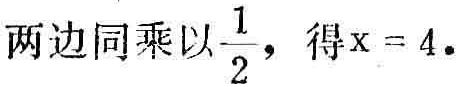
两边同乘以\(\frac{1}{2}\)，得\(x = 4\)。